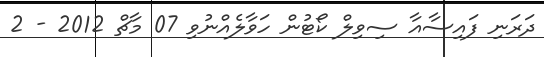
ދަރަނި ފައިސާއާ ސިވިލް ކޯޓުން ހަވާލެއްނުވި 07 މާޗް 2012 - 2